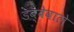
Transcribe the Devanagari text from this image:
डब्बेवाले